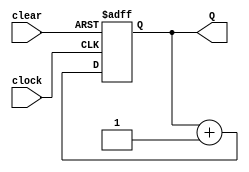
module Four_Bit_Unsigned_UpCounter(Q, clock, clear);
	
	output [3:0]Q;
	input clock, clear;
	reg [3:0]Q;
	
	initial
		Q <= 4'b0;
	always @(posedge clock or posedge clear)
		if(clear)// || Q == 4'b1111
			Q <= 4'b0;
		
		else
			begin
				Q <= Q + 1'b1;
			end
endmodule